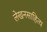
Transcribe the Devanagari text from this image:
लेखनसाहित्य